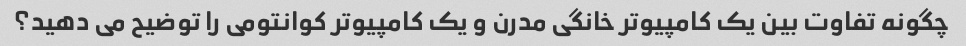
چگونه تفاوت بین یک کامپیوتر خانگی مدرن و یک کامپیوتر کوانتومی را توضیح می دهید؟